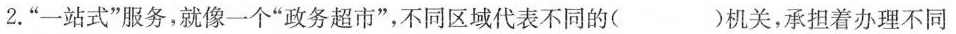
2.“一站式”服务，就像一个”政务超市”，不同区域代表不同的( )机关，承担着办理不同